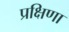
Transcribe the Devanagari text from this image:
प्रक्षिणा